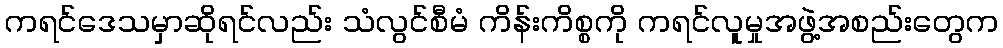
ကရင်ဒေသမှာဆိုရင်လည်း သံလွင်စီမံ ကိန်းကိစ္စကို ကရင်လူမှုအဖွဲ့အစည်းတွေက